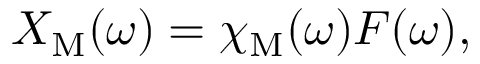
X _ { \mathrm { M } } ( \omega ) = \chi _ { \mathrm { M } } ( \omega ) F ( \omega ) ,